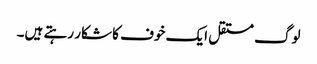
لوگ مستقل ایک خوف کا شکار رہتے ہیں۔